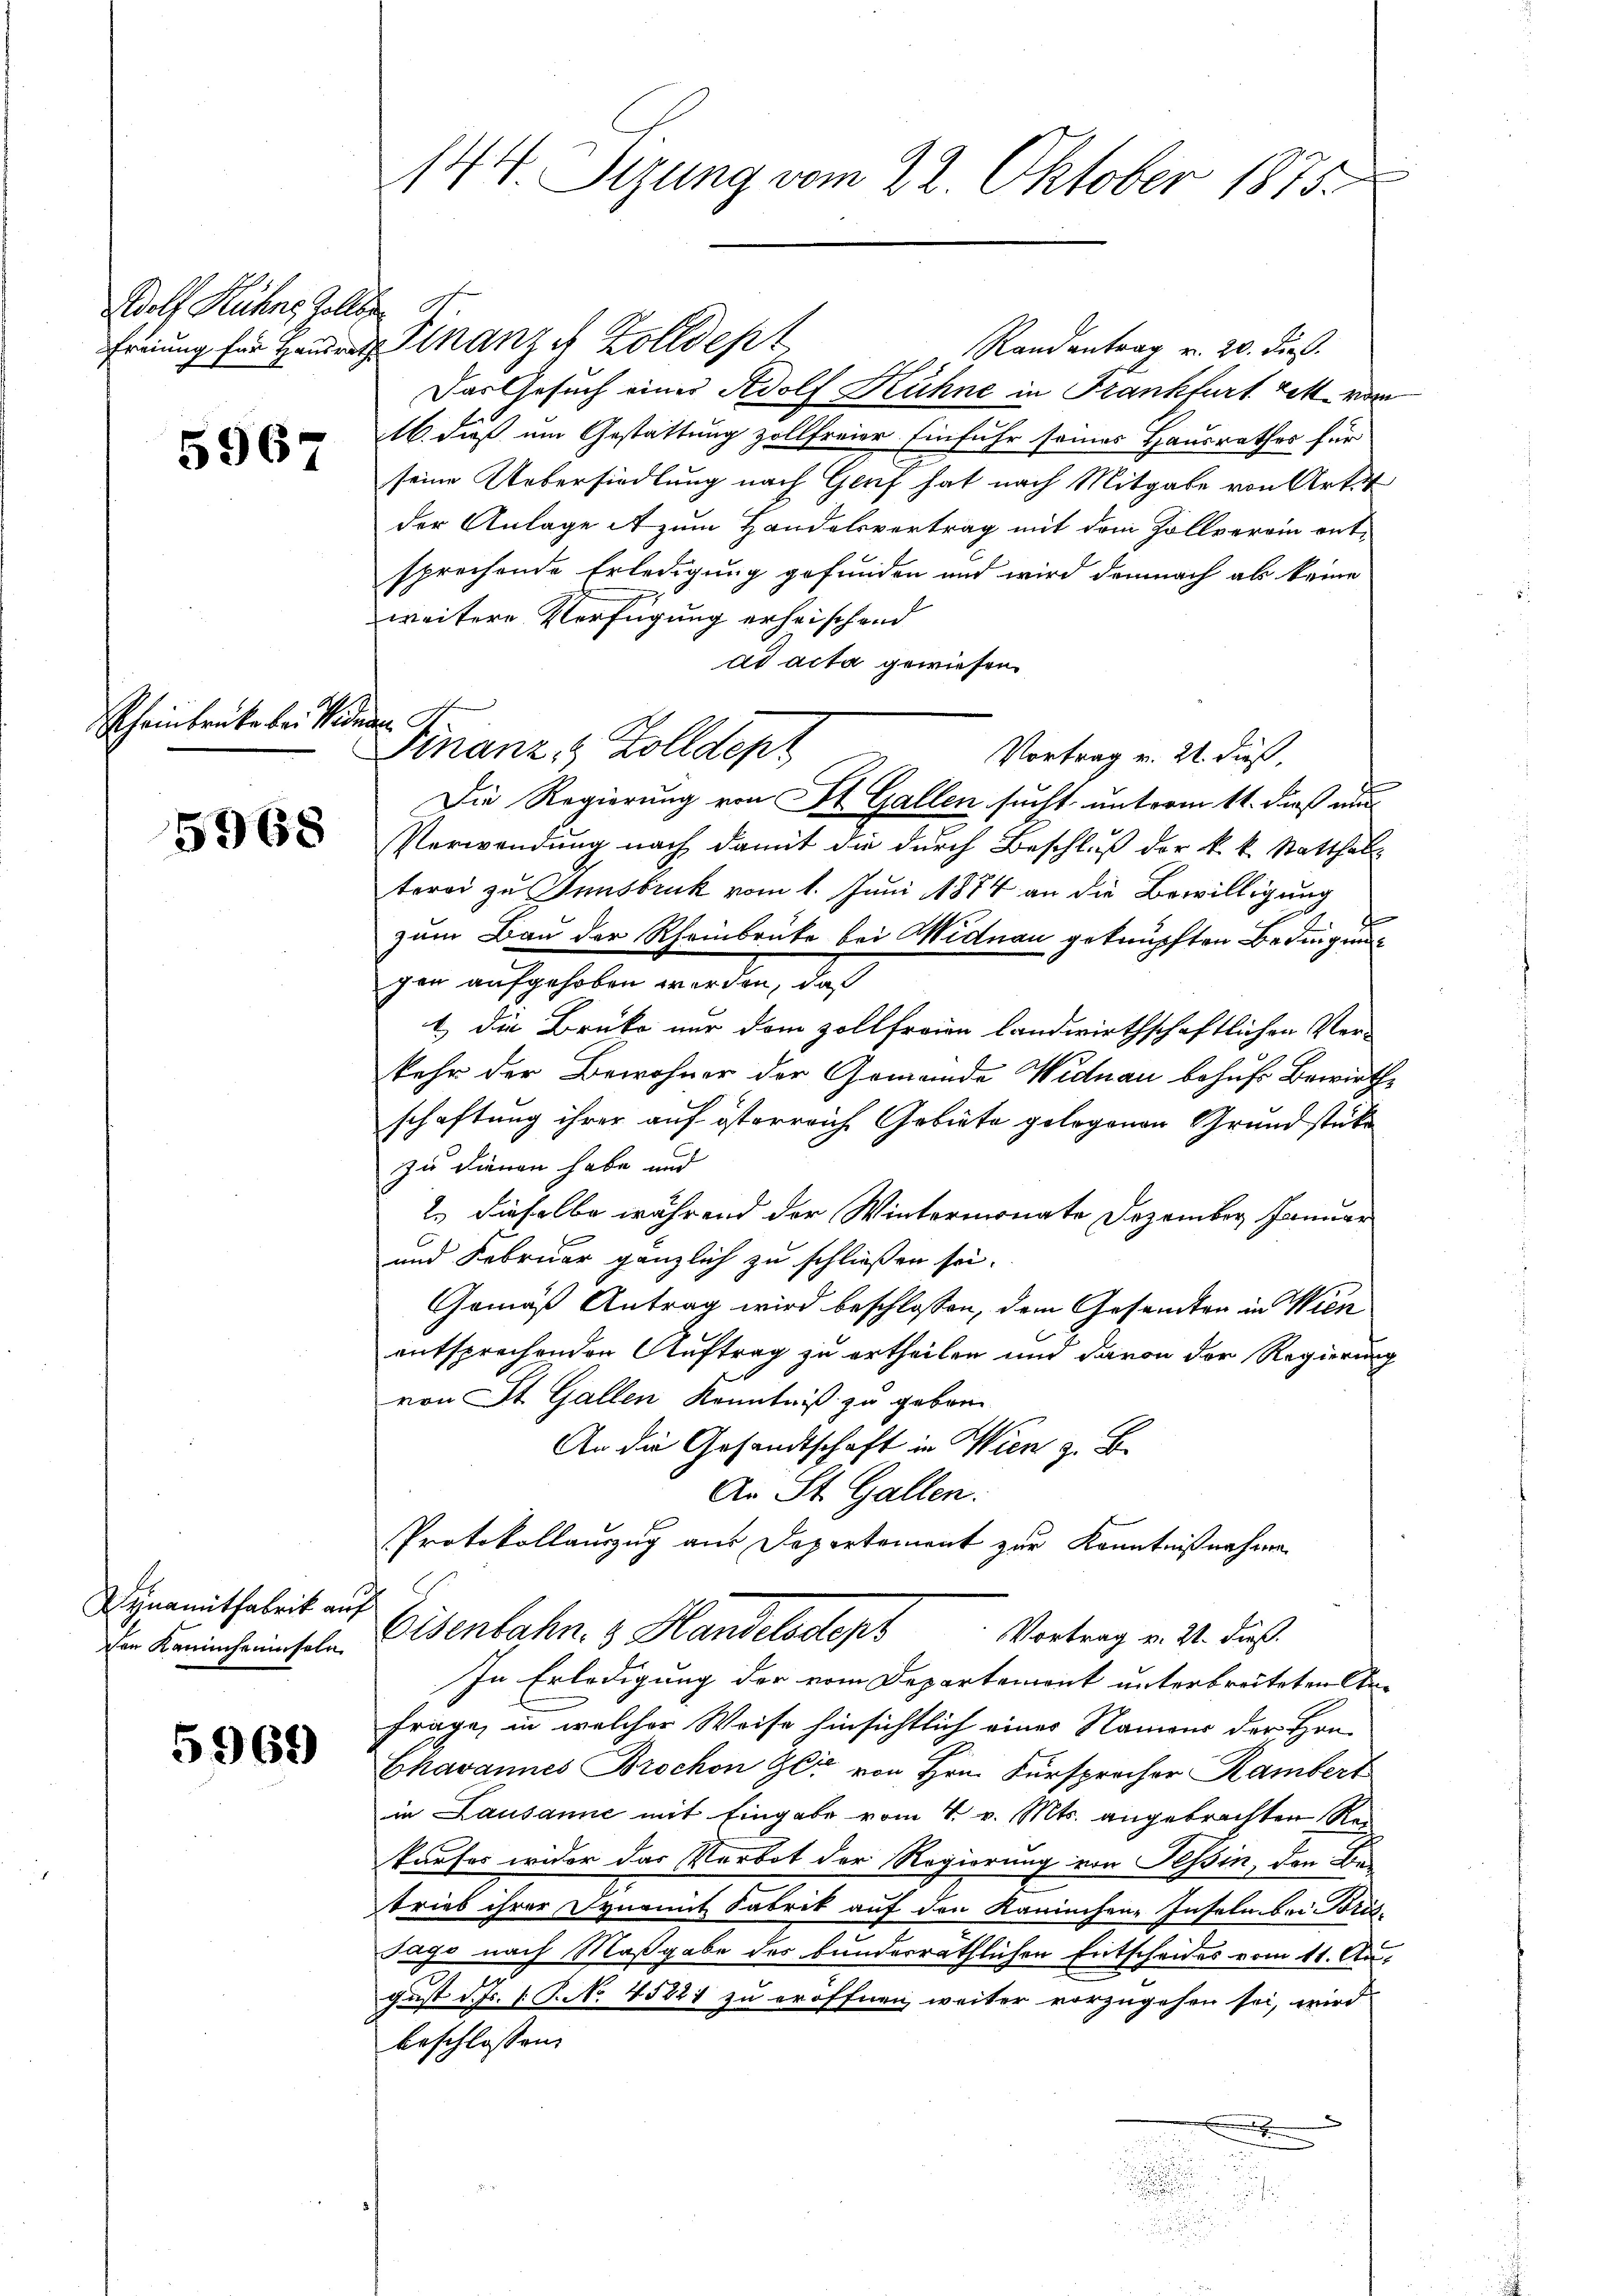
Wolf Kühne Zollbr

5967

Rheinbrücke bei Seinen A.

5968

Dynamitfabrik auf
den Kaninhauseln

5969

144 Sizung vom 22. Oktober 1875.

freiung für Hausrath Finanze Zolldept

Randantrag v. 20. dieß.
Das Gesuch einer Adolf Kühne in Frankfurt rett. vom
16. dieß um Gestattung zollfreier Einfuhr seines Hausrathes für
seine Uebersiedlung nach Genf hat nach Mitgabe von Art. 4
der Anlage A zum Handelsvertrag mit dem Zollverein entsprechende Erledigung gefunden und wird demnach ab keine
weitere Verfügung erheischend
ad acta gewiesen.
Finanz, Zolldept
Vortrag v. 21. dieß,
Verwendung nach damit die durch Beschluß der k. k. Statthal
terei zu Innsbruk vom 1. Juni 1874 an die Bewilligung
.
zum Bau der Rheinbrüke bei Midnau geknüpften Bedingung
gen aufgehoben worden, da
1) die Brüke nur dem Zollfreien landwirthschaftlichen Vor-
kehr der Bewohner der Gemeinde Widnau behufs Bewirthschaftung ihrer auf österreich Gebiete gelegenen Grundstücke
zu dienen habe und
2.) dieselbe während der Wintermonate Dezember Januar
und Februar gänzlich zu schließen sei.
Gemäß Antrag wird beschlossen, dem Gesamten in Wien
entsprechenden Auftrag zu ertheilen und davon der Regierung
von St. Gallen Kenntniß zu geborn
An die Gesandtschaft in Wien z. B.
An St. Gallen.
Protokollauszug aus Departement zur Kenntnißnahme
Eisenbahn z. Handelsdorf Vertrag v. M. dies
In Erledigung der vom Departement unterbreiteten An¬
Frage, in welcher Weise hinsichtlich eines Namens der Hrn.
Chavannes Brochon der von Hrn. Fürsprocher Rambert
in Lausanne mit Eingabe vom 4. v. Mts. angebrachten Re-
kaufes wider das Verbot der Regierung von Tessin, den Be
trieb ihrer Dynamit Fabrik auf den Kaninchen-Inseln bei Brig-
Tago nach Maßgabe des bunderräthlichen Entscheides vom 11. August d. Js. v. P. No 45821 zu eröffnen, weiter vorzugehen sei, wird
beschlossen:
.

Die Regierung von St. Gallen sucht, unterm 11. daß nun